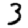
Digit: 3